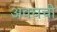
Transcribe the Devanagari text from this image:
अवघची